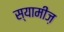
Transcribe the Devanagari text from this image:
स्यामीज़